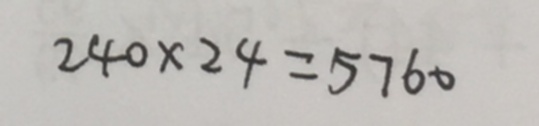
2 4 0 \times 2 4 = 5 7 6 0